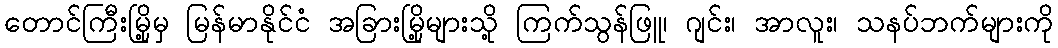
တောင်ကြီးမြို့မှ မြန်မာနိုင်ငံ အခြားမြို့များသို့ ကြက်သွန်ဖြူ၊ ဂျင်း၊ အာလူး၊ သနပ်ဘက်များကို